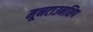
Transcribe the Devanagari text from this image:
मूनटाउनशिप